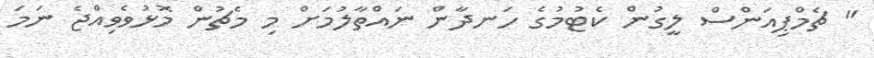
" ޗެމްޕިއަންސް ލީގުން ކެޓުމުގެ ހަނދާން ނައްތާލުމަށް މި މެޗުން މޮޅުވެވިއްޖެ ނަމަ